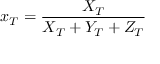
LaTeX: x _ { T } = { \frac { X _ { T } } { X _ { T } + Y _ { T } + Z _ { T } } }